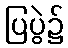
ပြပွဲ၌